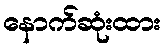
နောက်ဆုံးထား